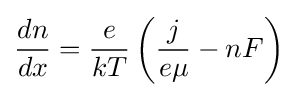
{\frac {dn}{dx}}={\frac {e}{kT}}\left({\frac {j}{e\mu }}-nF\right)